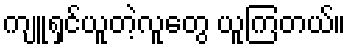
ကျူရှင်ယူတဲ့လူတွေ ယူကြတယ်။